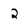
Character: 2